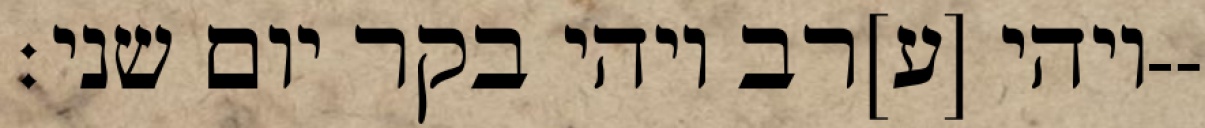
ויהי [ע]רב ויהי בקר יום שני׃--